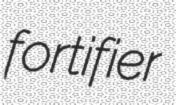
fortifier